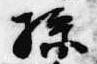
孫